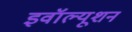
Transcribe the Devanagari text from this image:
इवॉल्यूशन